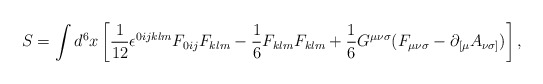
\begin{align*}S=\int d^{6}x\left[{\frac{1}{12}}{\epsilon}^{0ijklm}F_{0ij}F_{klm}-{\frac 1 6}F_{klm}F_{klm}+{\frac 1 6}G^{{\mu}{\nu}{\sigma}}(F_{{\mu}{\nu}{\sigma}}-{\partial}_{[{\mu}}A_{{\nu}{\sigma}]})\right],\end{align*}